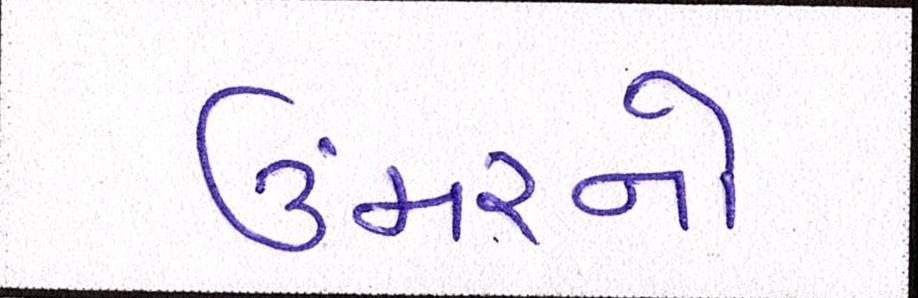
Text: ઉંમરનો